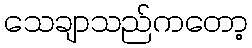
သေချာသည်ကတော့